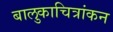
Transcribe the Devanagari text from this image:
बालुकाचित्रांकन